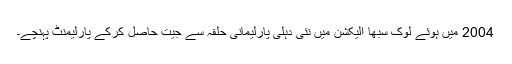
2004 میں ہوئے لوک سبھا الیکشن میں نئی دہلی پارلیمانی حلقہ سے جیت حاصل کرکے پارلیمنٹ پہنچے۔